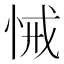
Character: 悈